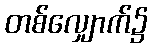
တစ်လျှောက်၌